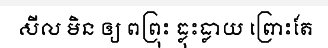
សីល មិន ឲ្យ ពព្រុះ ធ្លុះធ្លាយ ព្រោះតែ